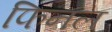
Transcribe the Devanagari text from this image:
फिनल